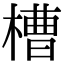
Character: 槽